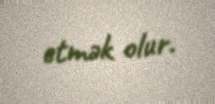
etmək olur.